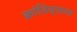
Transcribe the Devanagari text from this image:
क्रांतिवृत्ताला